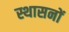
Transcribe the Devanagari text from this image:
स्थासनों